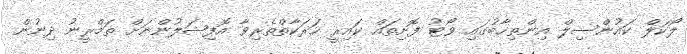
ލޯކަލް ކައުންސިލް އިންތިޚާބުގައި ވޯޓު ފޮށިތައް ކައިރީ ހަރަކާތްތެރިވާ އޮފިޝަލުންނަށް ތަމްރީނު ދިނުން